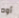
أوه